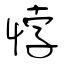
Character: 悖